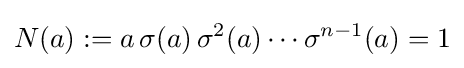
N(a):=a\,\sigma (a)\,\sigma ^{2}(a)\cdots \sigma ^{n-1}(a)=1